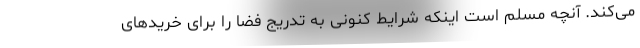
می‌کند. آنچه مسلم است اینکه شرایط کنونی به تدریج فضا را برای خریدهای